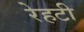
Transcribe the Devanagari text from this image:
रेहटी